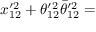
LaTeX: x _ { 1 2 } ^ { \prime 2 } + \theta _ { 1 2 } ^ { \prime 2 } \bar { \theta } _ { 1 2 } ^ { \prime 2 } =